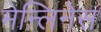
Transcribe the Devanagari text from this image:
मेन्लिनेस